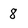
Character: 8